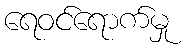
ရေဝင်ရောက်မှု